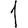
Digit: 1